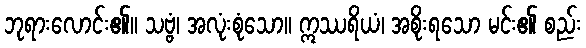
ဘုရားလောင်း၏။ သဗ္ဗံ၊ အလုံးစုံသော။ ဣဿရိယံ၊ အစိုးရသော မင်း၏ စည်း